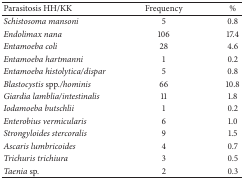
| Parasitosis HH/KK | Frequency | % |
 | --- | --- | --- |
 | Schistosoma mansoni | 5 | 0.8 |
 | Endolimax nana | 106 | 17.4 |
 | Entamoeba coli | 28 | 4.6 |
 | Entamoeba hartmanni | 1 | 0.2 |
 | Entamoeba histolytica/dispar | 5 | 0.8 |
 | Blastocystis spp./hominis | 66 | 10.8 |
 | Giardia lamblia/intestinalis | 11 | 1.8 |
 | Iodamoeba butschlii | 1 | 0.2 |
 | Enterobius vermicularis | 6 | 1.0 |
 | Strongyloides stercoralis | 9 | 1.5 |
 | Ascaris lumbricoides | 4 | 0.7 |
 | Trichuris trichiura | 3 | 0.5 |
 | Taenia sp. | 2 | 0.3 |